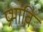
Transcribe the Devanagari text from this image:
प्रभावि